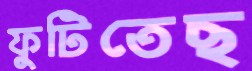
ফুটিতেছ